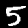
Label: 5